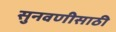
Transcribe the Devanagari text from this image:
सुनवणीसाठी